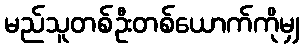
မည်သူတစ်ဦးတစ်ယောက်ကိုမျှ